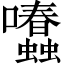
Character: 𡆂